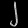
Digit: ၂